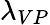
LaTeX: \lambda_{VP}